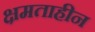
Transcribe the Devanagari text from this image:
क्षमताहीन